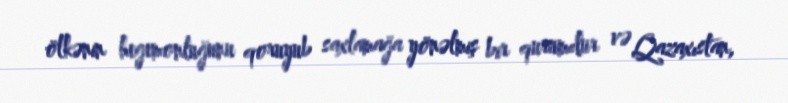
ölkənin hegemonluğunu qoruyub saxlamağa yönəlmiş bir qurumdur və Qazaxıstan,